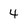
Character: 4